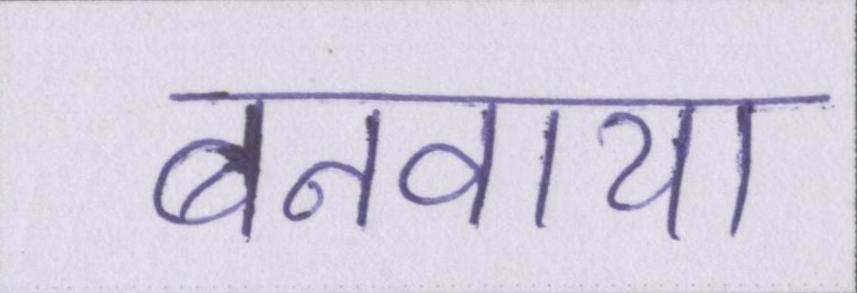
बनवाया